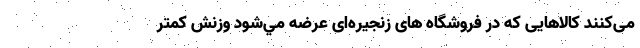
می‌کنند كالاهایی كه در فروشگاه های زنجیره‌ای عرضه مي‌شود وزنش كمتر